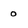
Character: o